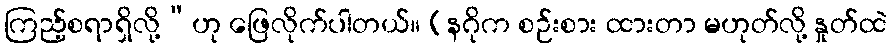
ကြည့်စရာရှိလို့”ဟု ဖြေလိုက်ပါတယ်။ (နဂိုက စဉ်းစား ထားတာ မဟုတ်လို့ နှုတ်ထဲ